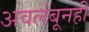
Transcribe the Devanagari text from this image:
अवलंबूनही